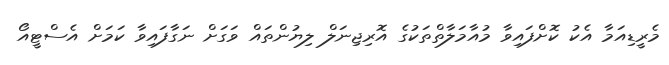
މެރީޑިއަމާ އެކު ކޮށްފައިވާ މުއާމަލާތްތަކުގެ އޮރިޖިނަލް ލިޔުންތައް ވަގަށް ނަގާފައިވާ ކަމަށް އެސްޓީއޯ